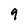
Character: 9